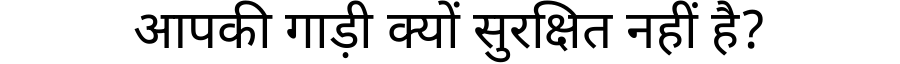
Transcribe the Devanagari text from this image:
आपकी गाड़ी क्यों सुरक्षित नहीं है?